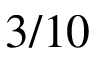
3 / 1 0